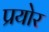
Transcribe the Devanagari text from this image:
प्रयोर